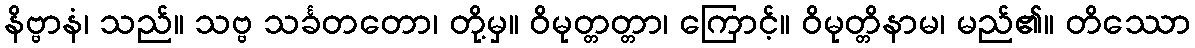
နိဗ္ဗာနံ၊ သည်။ သဗ္ဗ သင်္ခတတော၊ တို့မှ။ ဝိမုတ္တတ္တာ၊ ကြောင့်။ ဝိမုတ္တိနာမ၊ မည်၏။ တိဿော